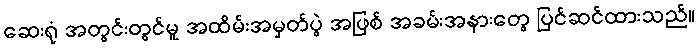
ဆေးရုံ အတွင်းတွင်မူ အထိမ်းအမှတ်ပွဲ အဖြစ် အခမ်းအနားတွေ ပြင်ဆင်ထားသည်။